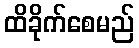
ထိခိုက်စေမည်